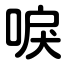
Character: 唳